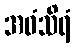
အဝံသိရံ